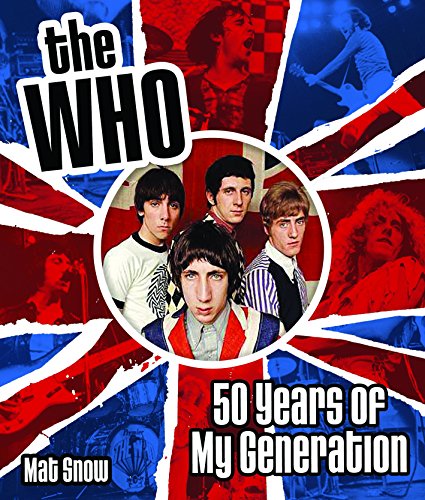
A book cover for The Who: Fifty Years of My Generation; Mat Snow; Arts & Photography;